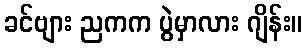
ခင်ဗျား ညကက ပွဲမှာလား ဂျိန်း။